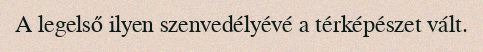
A legelső ilyen szenvedélyévé a térképészet vált.